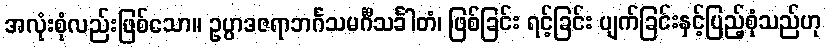
အလုံးစုံလည်းဖြစ်သော။ ဥပ္ပာဒဇရာဘင်္ဂသမင်္ဂီသင်္ခါတံ၊ ဖြစ်ခြင်း ရင့်ခြင်း ပျက်ခြင်းနှင့်ပြည့်စုံသည်ဟု